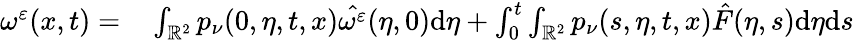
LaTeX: \begin{array}{rl}{\omega^{\varepsilon}(x,t)=}&{{}\int_{\mathbb{R}^{2}}p_{\nu}(0,\eta,t,x)\hat{\omega^{\varepsilon}}(\eta,0)\mathrm{d}\eta+\int_{0}^{t}\int_{\mathbb{R}^{2}}p_{\nu}(s,\eta,t,x)\hat{F}(\eta,s)\mathrm{d}\eta\mathrm{d}s}\end{array}